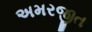
અમરજીત